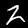
Label: 2